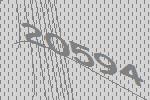
20594